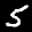
Label: 5